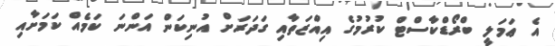
އެ ޢަމަލީ ބްރޯޑްކާސްޓް ކުރުމުގެ އިއްޒަތާއި ގަދަރަށް އުނިކަން އަންނަ ކަމެއް ކަމަށާއި